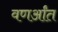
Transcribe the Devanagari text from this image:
वणर्आंत